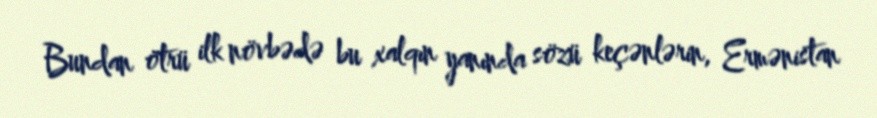
Bundan ötrü ilk növbədə bu xalqın yanında sözü keçənlərin, Ermənistan